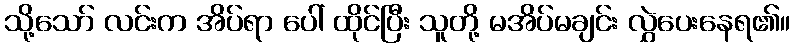
သို့သော် လင်းက အိပ်ရာ ပေါ် ထိုင်ပြီး သူတို့ မအိပ်မချင်း လွှဲပေးနေရ၏။